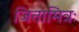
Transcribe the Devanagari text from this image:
जितामित्रः